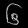
Digit: ၆